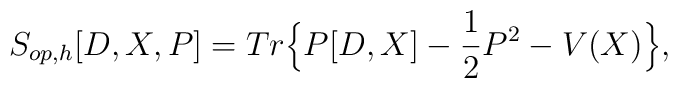
S_{op,h}[D,X,P]=Tr \Big\{ P[D,X]-\frac{1}{2}P^2 - V(X)    \Big\},